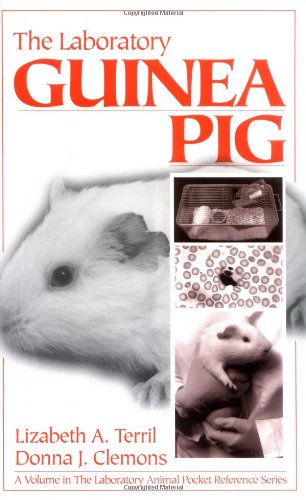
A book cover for The Laboratory Guinea Pig; Donna J. Clemons; Medical Books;